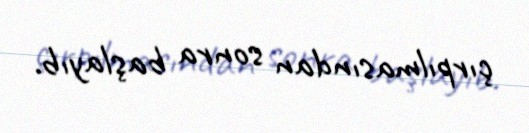
çırpılmasından sonra başlayıb.